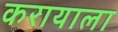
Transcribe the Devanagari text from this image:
करायाला